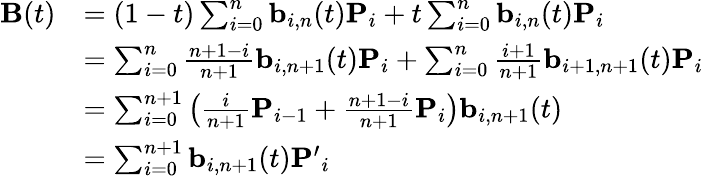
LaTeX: {\begin{array}{rl}{\mathbf{B}(t)}&{=(1-t)\sum_{i=0}^{n}\mathbf{b}_{i,n}(t)\mathbf{P}_{i}+t\sum_{i=0}^{n}\mathbf{b}_{i,n}(t)\mathbf{P}_{i}}\\ &{=\sum_{i=0}^{n}{\frac{n+1-i}{n+1}}\mathbf{b}_{i,n+1}(t)\mathbf{P}_{i}+\sum_{i=0}^{n}{\frac{i+1}{n+1}}\mathbf{b}_{i+1,n+1}(t)\mathbf{P}_{i}}\\ &{=\sum_{i=0}^{n+1}\left({\frac{i}{n+1}}\mathbf{P}_{i-1}+{\frac{n+1-i}{n+1}}\mathbf{P}_{i}\right)\mathbf{b}_{i,n+1}(t)}\\ &{=\sum_{i=0}^{n+1}\mathbf{b}_{i,n+1}(t)\mathbf{P^{\prime}}_{i}}\end{array}}